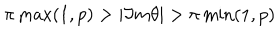
\pi \max ( 1 , p ) > | \Im m \theta | > \pi \min ( 1 , p )